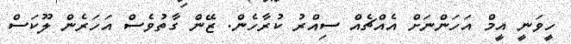
ހީވަނީ އީމް އަހަންނަށް އެއްޗެއް ސިއްރު ކުރާހެން. ޒޭން ގާތުވެސް އަހަރެން ލޫކަސް